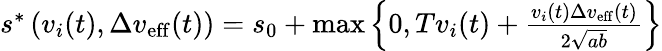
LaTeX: \begin{array}{r}{s^{\ast}\left(v_{i}(t),\Delta v_{\mathrm{eff}}(t)\right)=s_{0}+\operatorname*{max}\left\{ 0,Tv_{i}(t)+\frac{v_{i}(t)\Delta v_{\mathrm{eff}}(t)}{2\sqrt{ab}}\right\} }\end{array}